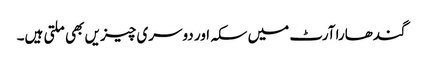
گندھارا آرٹ میں سکہ اور دوسری چیزیں بھی ملتی ہیں۔